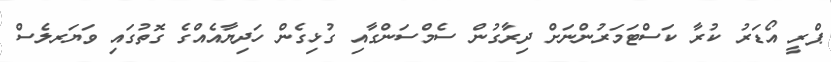
ޕްރީ އޯޑަރު ކުރާ ކަސްޓަމަރުންނަށް ދިރާގުން ސެމްސަންގާއި ގުޅިގެން ހަދިޔާއެއްގެ ގޮތުގައި ވަޔަރލެސް